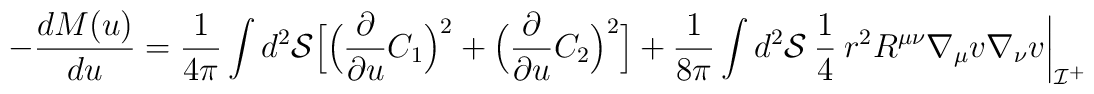
- \frac{dM(u)}{du} =     \frac{1}{4\pi} \int d^2{\cal S} \Bigl[\Bigl( \frac{\partial}{\partial u}C_1 \Bigr)^2 +\Bigl( \frac{\partial}{\partial u}C_2 \Bigr)^2 \Bigr] +\frac{1}{8\pi} \int d^2{\cal S}\:\frac{1}{4}\: r^2 R^{\mu\nu}\nabla_{\mu}v \nabla_{\nu}v\biggl|_{{\cal I}^+}